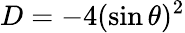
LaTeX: D=-4(\sin\theta)^{2}